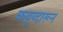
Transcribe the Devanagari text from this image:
कयूय्दारून